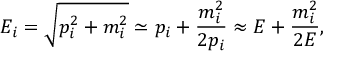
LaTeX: E _ { i } = { \sqrt { p _ { i } ^ { 2 } + m _ { i } ^ { 2 } } } \simeq p _ { i } + { \frac { m _ { i } ^ { 2 } } { 2 p _ { i } } } \approx E + { \frac { m _ { i } ^ { 2 } } { 2 E } } ,